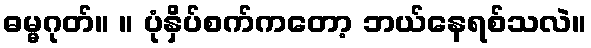
ဓမ္မဂုတ်။ ။ ပုံနှိပ်စက်ကတော့ ဘယ်နေရစ်သလဲ။